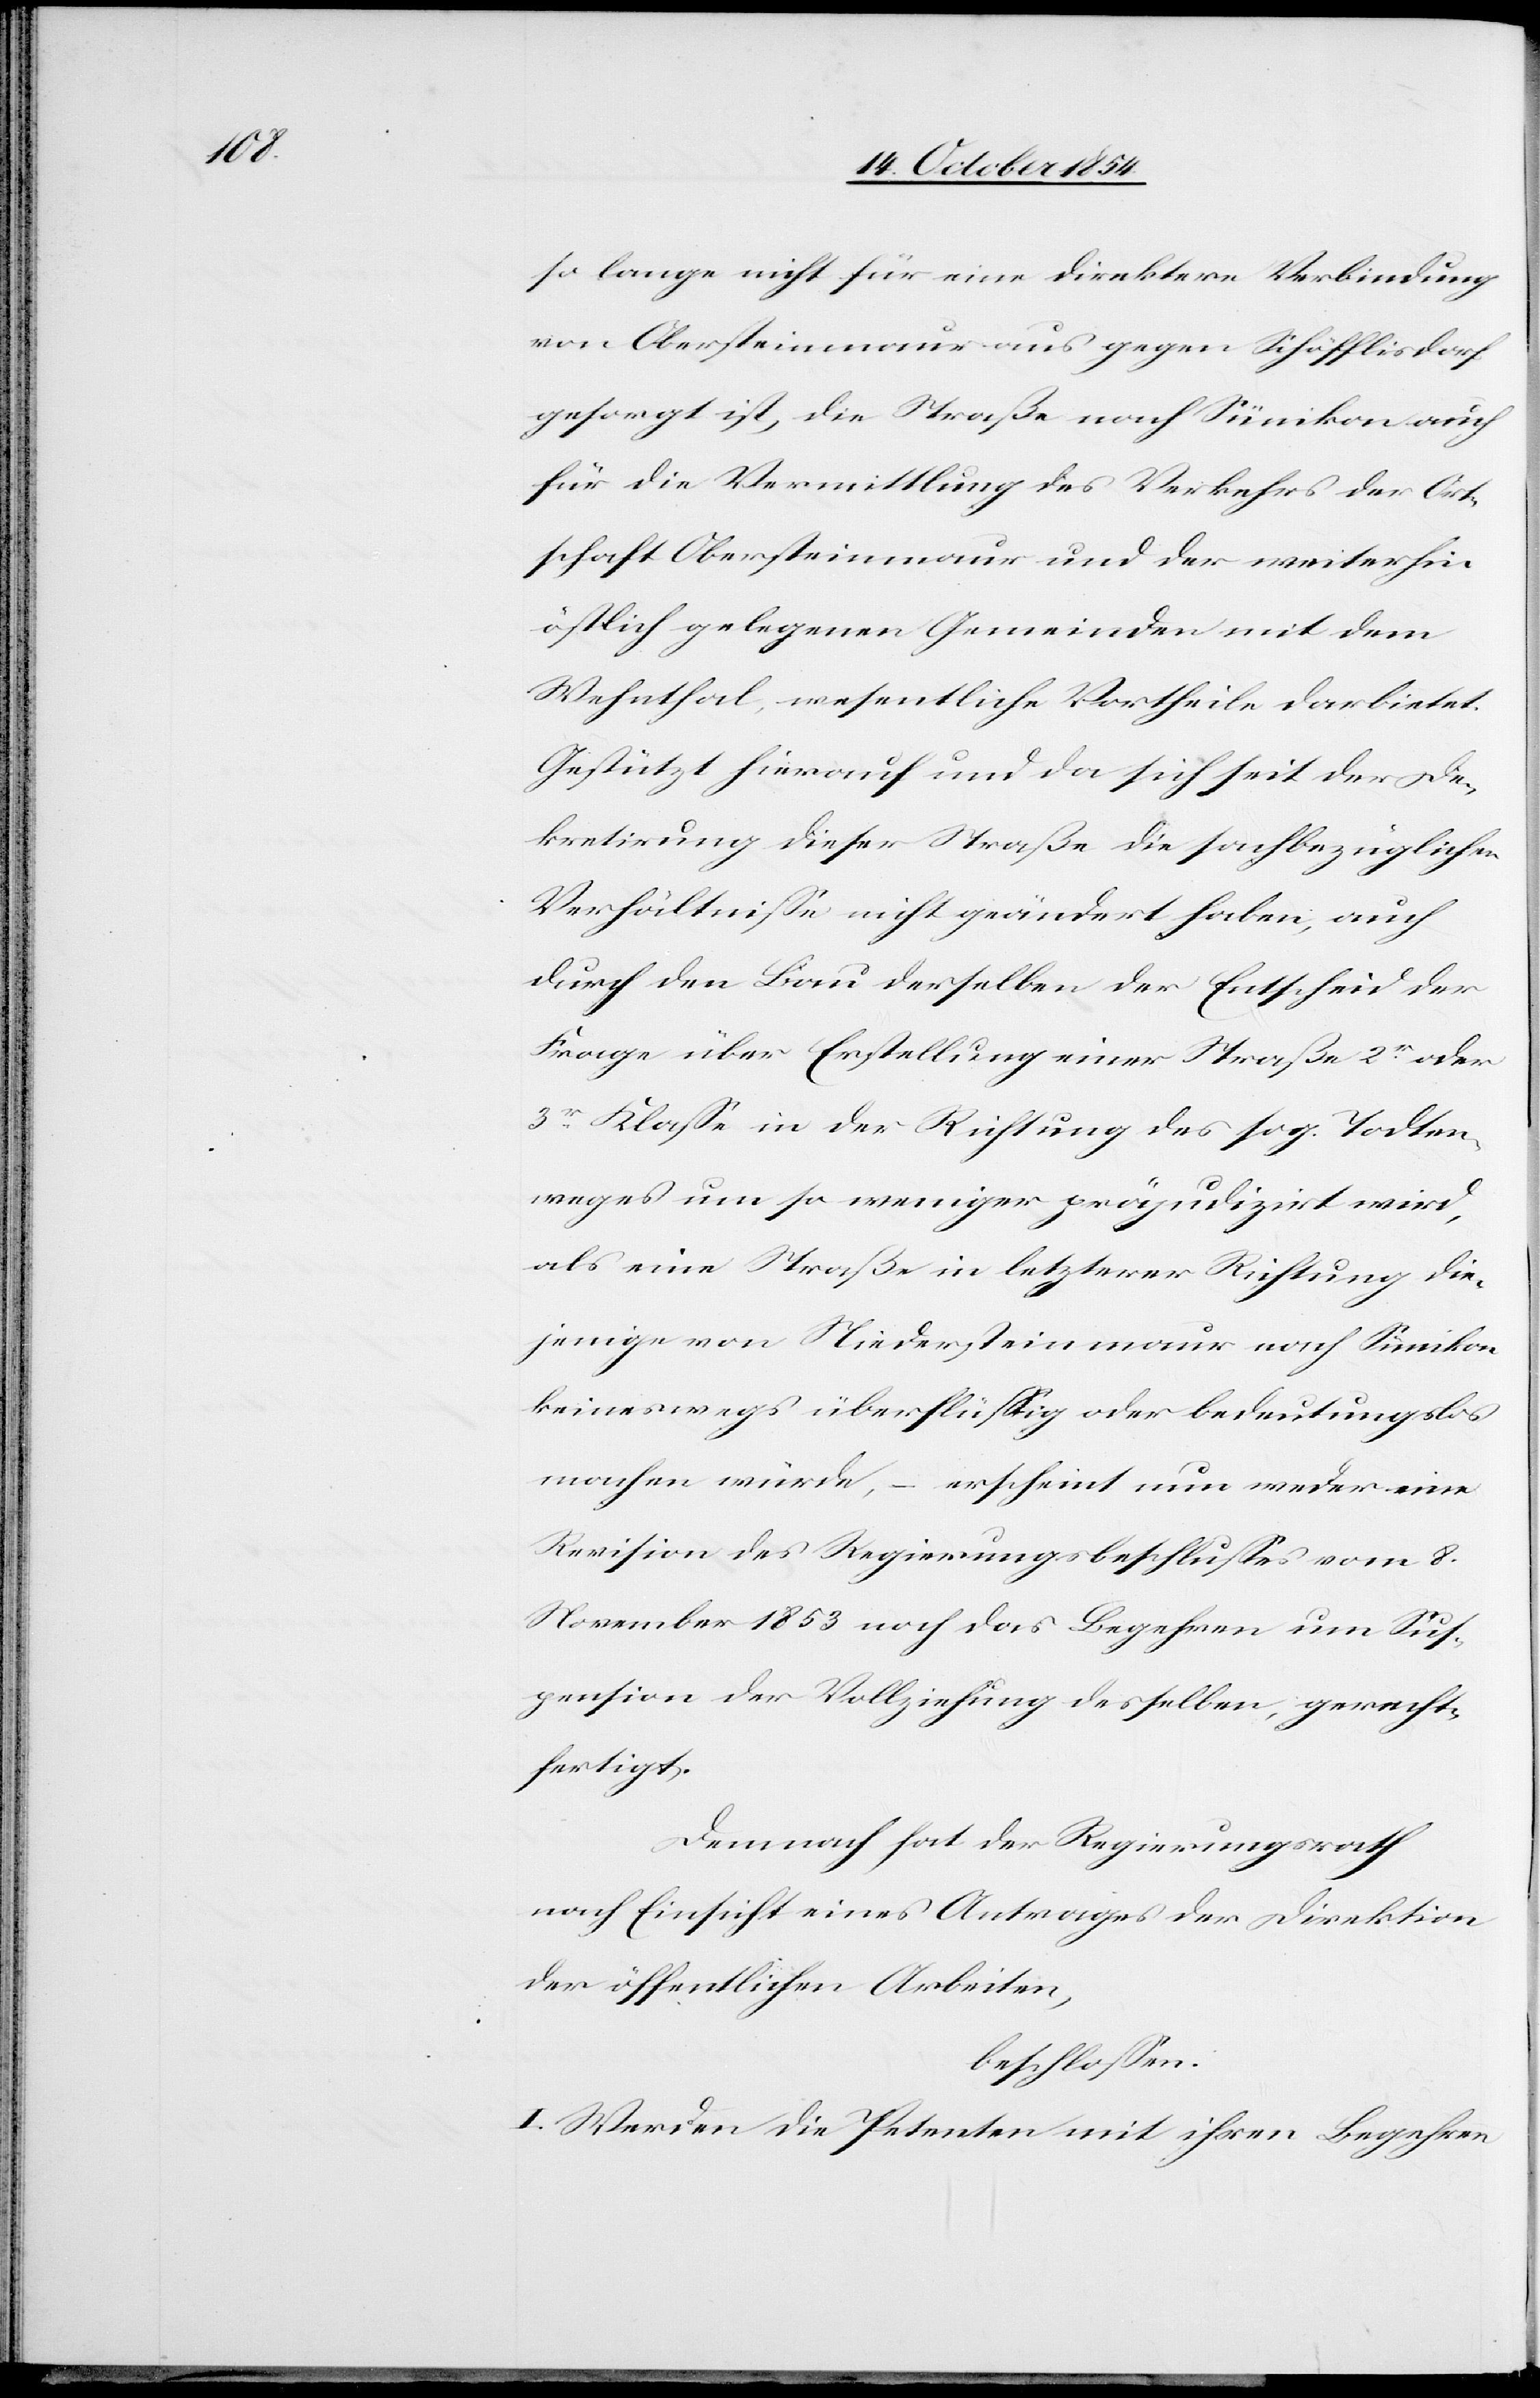
so lange nicht für eine direktere Verbindung
von Obersteinmaur aus gegen Schöfflisdorf
gesorgt ist, die Straße nach Sünikon auch
für die Vermittlung des Verkehrs der Ort¬
schaft Obersteinmaur und der weiterhin
östlich gelegenen Gemeinden mit dem
Wehnthal, wesentliche Vortheile darbietet.
Gestützt hierauf und da sich seit der De¬
kretirung dieser Straße die sachbezüglichen
Verhältniße nicht geändert haben, auch
durch den Bau derselben der Entscheid der
Frage über Erstellung einer Straße 2r oder
3r Klaße in der Richtung des sog. Todten¬
weges um so weniger präjudizirt wird,
als eine Straße in letzterer Richtung die¬
jenigen von Niedersteinmaur nach Sünikon
keineswegs überflüßig oder bedeutungslos
machen würde, – erscheint nun weder eine
Revision des Regierungsbeschlußes vom 8.
November 1853 noch das Begehren um Sus¬
pension der Vollziehung desselben, gerecht¬
fertigt.
Demnach hat der Regierungsrath
nach Einsicht eines Antrages der Direktion
der öffentlichen Arbeiten,
beschloßen:
I. Werden die Petenten mit ihren Begehren